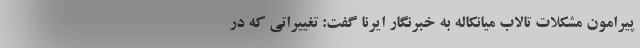
پیرامون مشکلات تالاب میانکاله به خبرنگار ایرنا گفت: تغییراتی که در